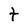
Character: t